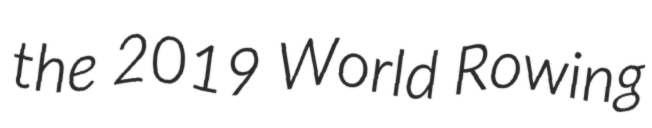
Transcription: the 2019 World Rowing